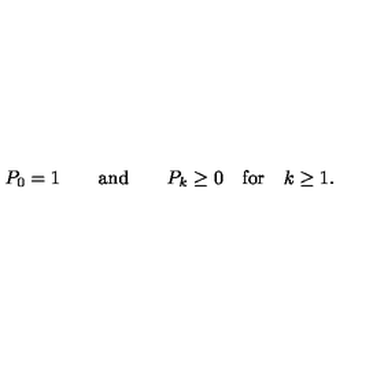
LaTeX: P _ { 0 } = 1 \qquad \mathrm { a n d } \qquad P _ { k } \geq 0 \quad \mathrm { f o r } \quad k \geq 1 .